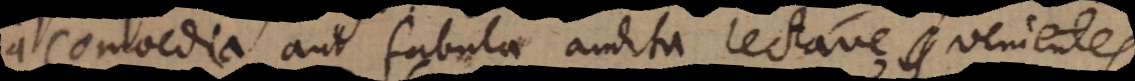
a comoedia aut fabula audita lectav